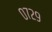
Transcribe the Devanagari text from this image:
०७२९